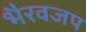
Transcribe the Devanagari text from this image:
भैरवजप